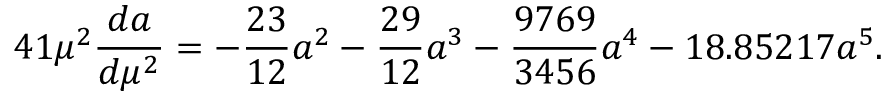
4 1 \mu ^ { 2 } \frac { d a } { d \mu ^ { 2 } } = - \frac { 2 3 } { 1 2 } a ^ { 2 } - \frac { 2 9 } { 1 2 } a ^ { 3 } - \frac { 9 7 6 9 } { 3 4 5 6 } a ^ { 4 } - 1 8 . 8 5 2 1 7 a ^ { 5 } .